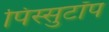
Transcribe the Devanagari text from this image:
पिस्सुटॉप